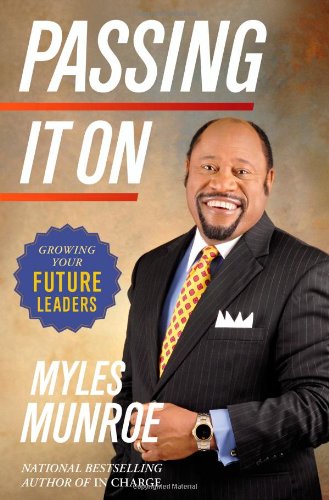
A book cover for Passing It On: Growing Your Future Leaders; Myles Munroe; Business & Money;